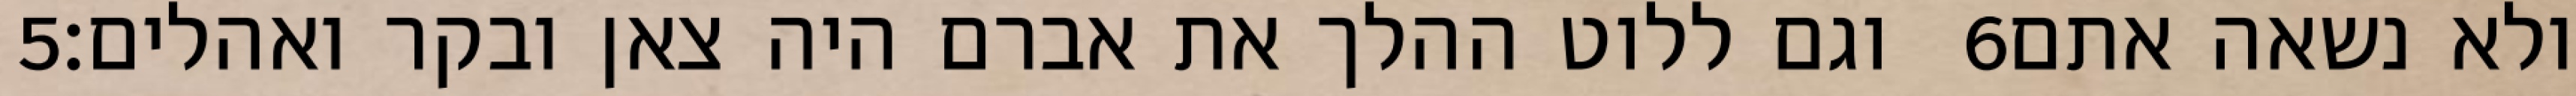
‎5‏ וגם ללוט ההלך את אברם היה צאן ובקר ואהלים׃ ‎6‏ ולא נשאה אתם